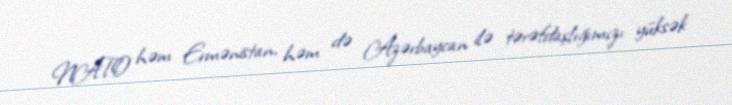
NATO həm Ermənistan, həm də Azərbaycan ilə tərəfdaşlığımızı yüksək